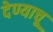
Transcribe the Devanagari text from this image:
देण्याचू